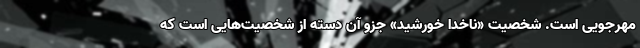
مهرجویی است. شخصیت «ناخدا خورشید» جزو آن دسته از شخصیت‌هایی ا‌ست که